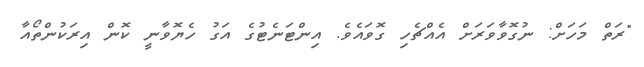
"ރަތް މަހަށް: ނުގޮވާވަރަށް އެއްޗެހި ގޮވައެވެ. އިންޓަނެޓުގެ އަގު ހެޔޮވާނީ ކޮން އިރަކުންތޯއާ